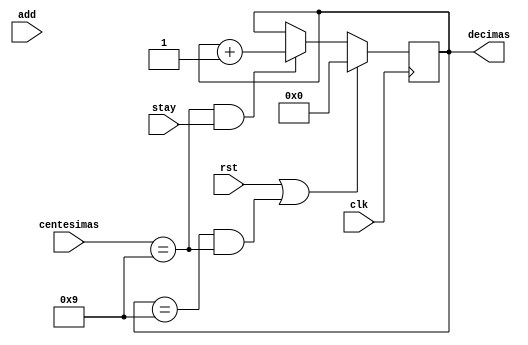
`timescale 1ns / 1ps
//////////////////////////////////////////////////////////////////////////////////
// Company: 
// Engineer: 
// 
// Design Name: 
// Module Name:    Decimas 
// Project Name: 
// Target Devices: 
// Tool versions: 
// Description: 
//
// Dependencies: 
//
// Revision: 
// Revision 0.01 - File Created
// Additional Comments: 
//
//////////////////////////////////////////////////////////////////////////////////
module Decimas(
	input clk,
	input add,
	input stay,
	input rst,
	input [3:0] centesimas,
	output reg[3:0] decimas
    );
	 
	 always @ (posedge clk)
		begin
			if(rst == 1 || decimas == 9 && centesimas == 9)
				begin
					decimas <= 0;
				end
			else if (centesimas == 9 && stay == 1)
				begin
					decimas <= decimas + 1;
				end
		end
		
		


endmodule